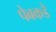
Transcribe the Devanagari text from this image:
पेबकडे